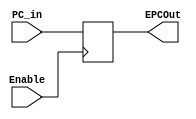
module EPC(Enable, PC_in, EPCOut);
input Enable;
input [31:0]PC_in;
output reg [31:0] EPCOut;

always@(posedge Enable)
begin
	EPCOut<=PC_in;
end
endmodule